Vabadussoja_Ajaloo_Komitee, lk 284
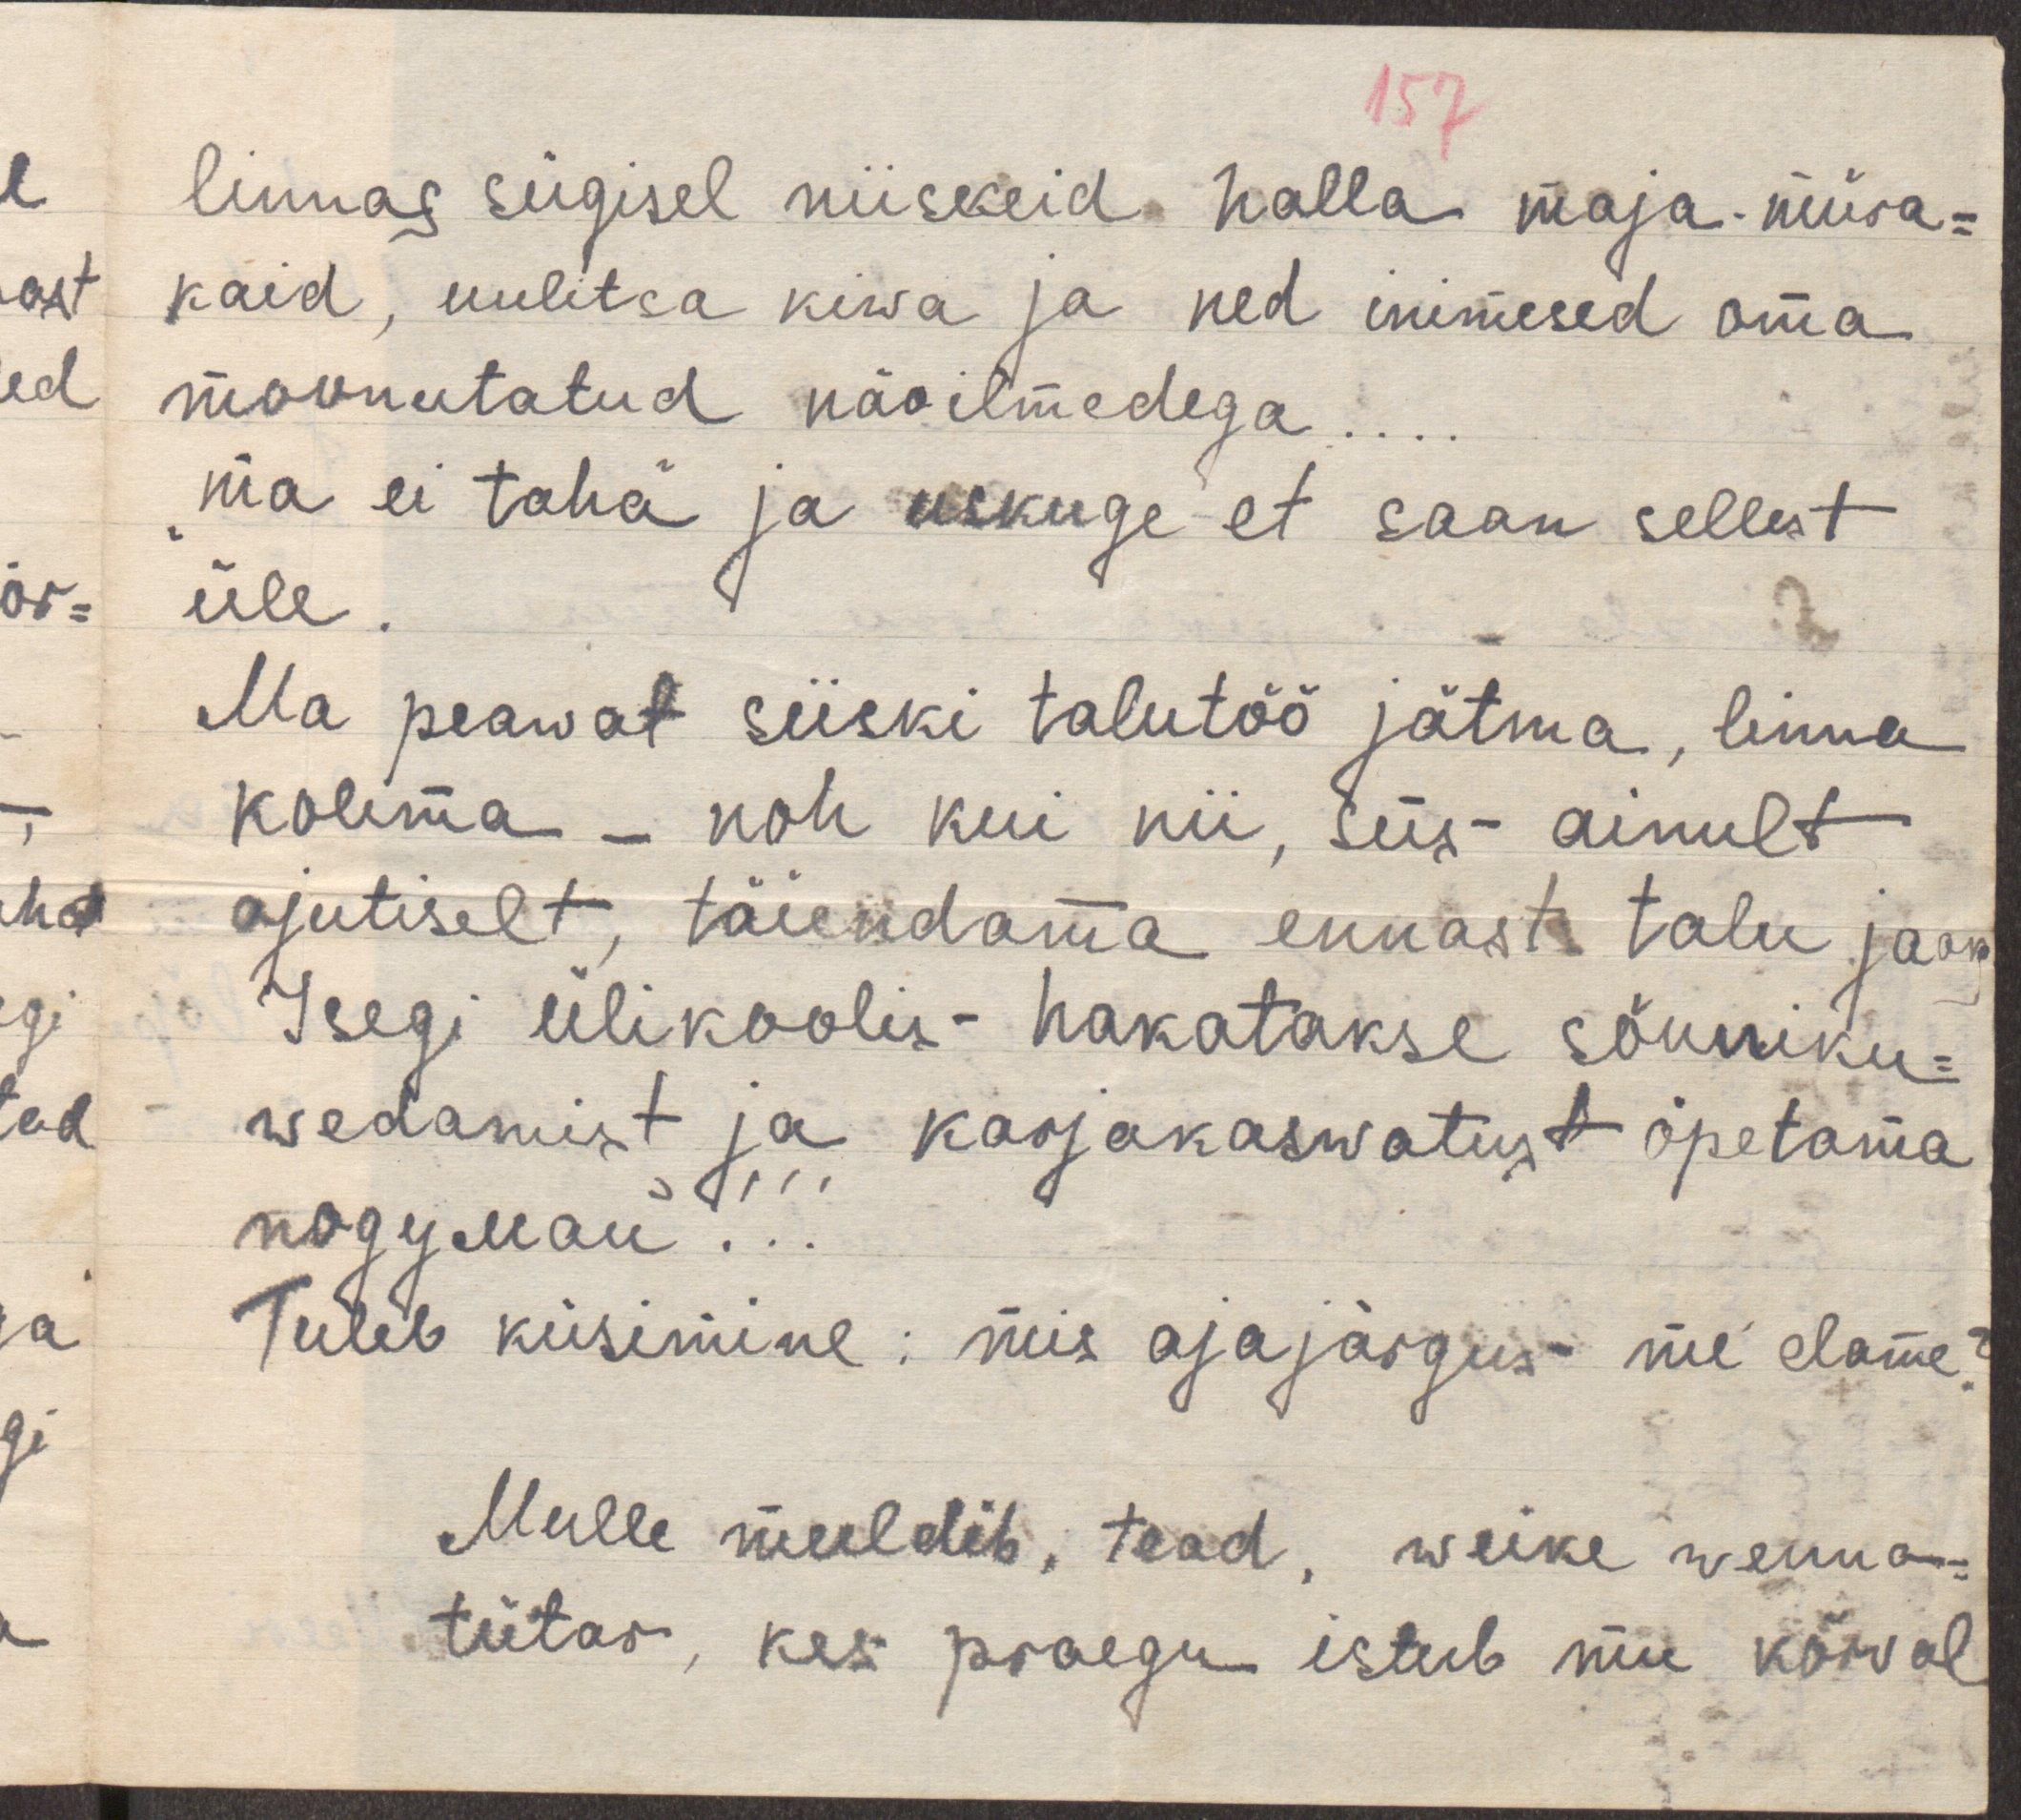
157
linnas sügisel niiskeid halla maja müra-
kaid, uulitsa kiwa ja ned inimesed oma
moonutatud näoilmedega ...
"ma ei taha" ja uskuge et saan sellest
üle
Ma peawat siiski talutöö jätma, linna
kolima - noh kui nii, siis ainult
ajutiselt, täiendama ennast talu jaoks
Isegi ülikoolis hakatakse sõnniku-
wedamist ja karjakaswatust õpetama
подумай !!!
Tuleb küsimine: mis ajajärgus me elame?
Mulle meeldib, tead, weike venna-
tütar, kes praegu istub mu kõrval